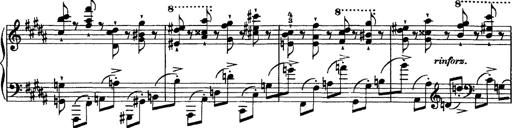
Title: Piano Sonata
Composer: Karl HÃ¤ssler
Key: C major